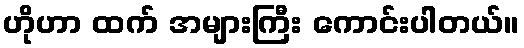
ဟိုဟာ ထက် အများကြီး ကောင်းပါတယ်။